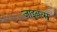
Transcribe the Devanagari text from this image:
ज़ाइबत्सू